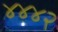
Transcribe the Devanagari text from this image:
४४४२